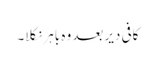
کافی دیر بعد وہ باہر نکلا۔